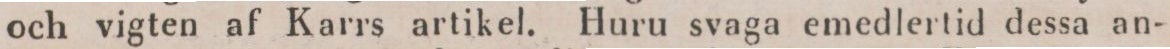
och vigten af Karrs artikel. Huru svaga emedlertid dessa an-